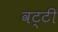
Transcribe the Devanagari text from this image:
वट्टी